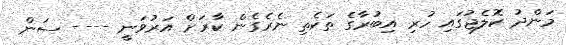
މަންދު ކޮލެޖުގައި ހުރި އިބުރާގެ ތަކެތި ނެރެގެން ކާރަށް އަރުވަނީ ---- ސަން